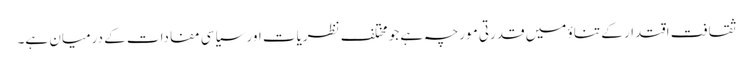
ثقافت اقتدار کے تناؤ میں قدرتی مورچہ ہے جو مختلف نظریات اور سیاسی مفادات کے درمیان ہے۔